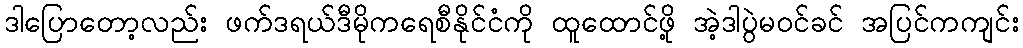
ဒါပြောတော့လည်း ဖက်ဒရယ်ဒီမိုကရေစီနိုင်ငံကို ထူထောင်ဖို့ အဲ့ဒါပွဲမဝင်ခင် အပြင်ကကျင်း